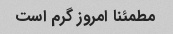
مطمئنا امروز گرم است